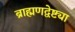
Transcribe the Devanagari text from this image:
ब्राह्मणद्वेष्ट्या